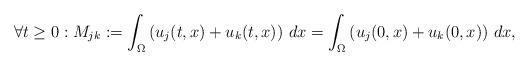
LaTeX: \begin{align*}\forall t\ge 0: M_{jk}:= \int_{\Omega} \left( u_j(t,x) + u_k(t,x) \right)\, dx = \int_{\Omega} \left( u_j(0,x) + u_k(0,x) \right)\, dx, \end{align*}